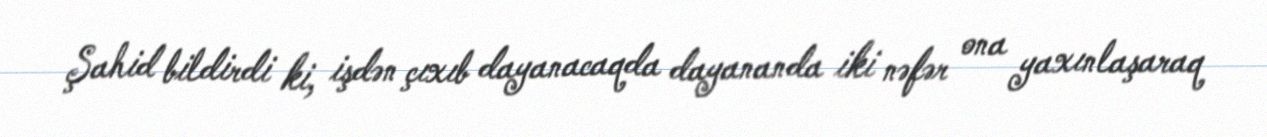
Şahid bildirdi ki, işdən çıxıb dayanacaqda dayananda iki nəfər ona yaxınlaşaraq